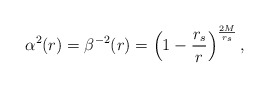
\begin{align*}\alpha^2(r)=\beta^{-2}(r)=\left( 1-{r_s\over r}\right) ^{2M\over r_s},\end{align*}